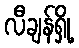
လီချန်ရှို့